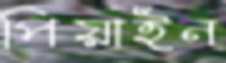
পিয়াইন